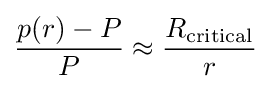
{\frac {p(r)-P}{P}}\approx {\frac {R_{\rm {critical}}}{r}}